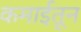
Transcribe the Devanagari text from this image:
कमाईतून